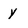
Character: y